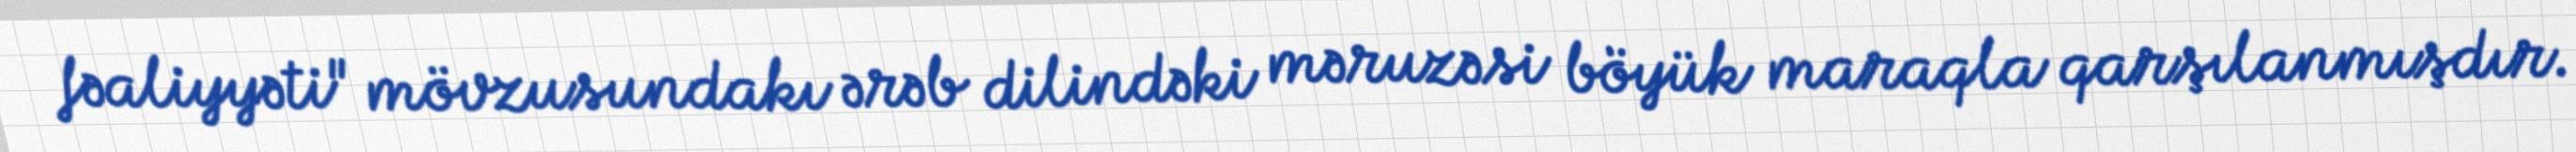
fəaliyyəti" mövzusundakı ərəb dilindəki məruzəsi böyük maraqla qarşılanmışdır.